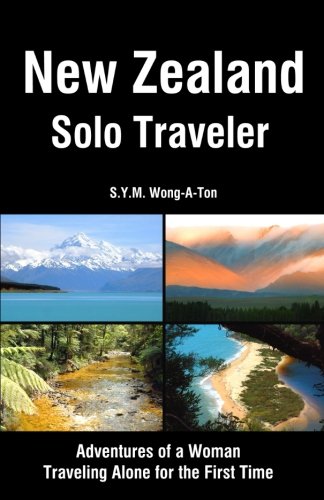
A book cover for New Zealand Solo Traveler: Adventures of a Woman Traveling Alone for the First Time; S.Y.M. Wong-A-Ton; Travel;